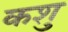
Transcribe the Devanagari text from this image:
कशु